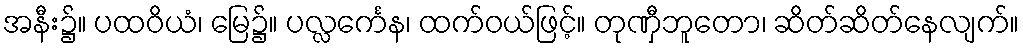
အနီး၌။ ပထဝိယံ၊ မြေ၌။ ပလ္လင်္ကေန၊ ထက်ဝယ်ဖြင့်။ တုဏှီဘူတော၊ ဆိတ်ဆိတ်နေလျက်။